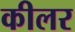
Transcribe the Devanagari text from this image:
कीलर